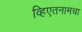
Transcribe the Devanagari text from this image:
व्हिएतनामचा